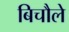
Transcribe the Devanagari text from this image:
बिचौले